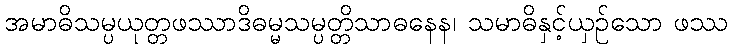
အမာဓိသမ္ပယုတ္တဖဿာဒိဓမ္မသမ္ပတ္တိသာဓနေန၊ သမာဓိနှင့်ယှဉ်သော ဖဿ